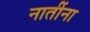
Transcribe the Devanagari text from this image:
नातींना